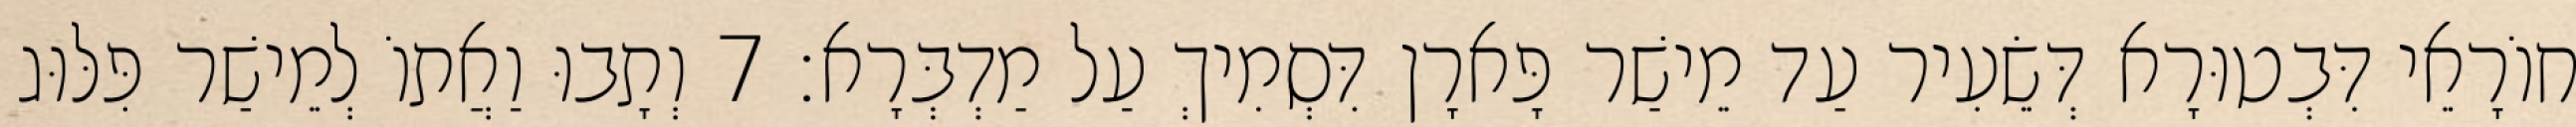
חוֹרָאֵי דִּבְטוּרָא דְּשֵׂעִיר עַד מֵישַׁר פָּארָן דִּסְמִיךְ עַל מַדְבְּרָא׃ 7 וְתָבוּ וַאֲתוֹ לְמֵישַׁר פִּלּוּג